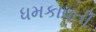
ધમકાવતી